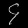
Digit: ၄